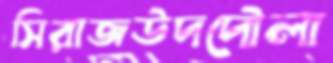
সিরাজউদদৌলা